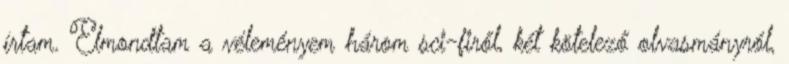
írtam. Elmondtam a véleményem három sci-firől, két kötelező olvasmányról,